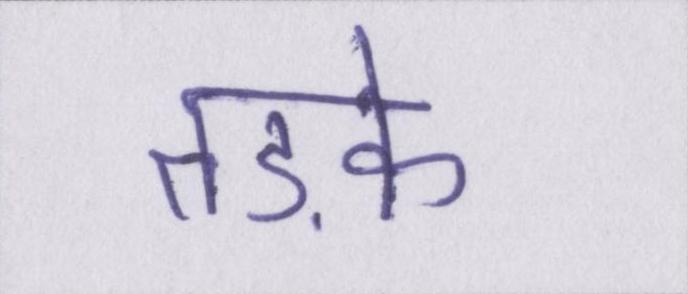
तड़के